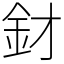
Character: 釮